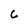
Character: C